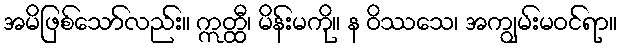
အမိဖြစ်သော်လည်း။ ဣတ္ထီ၊ မိန်းမကို။ န ဝိဿသေ၊ အကျွမ်းမဝင်ရာ။